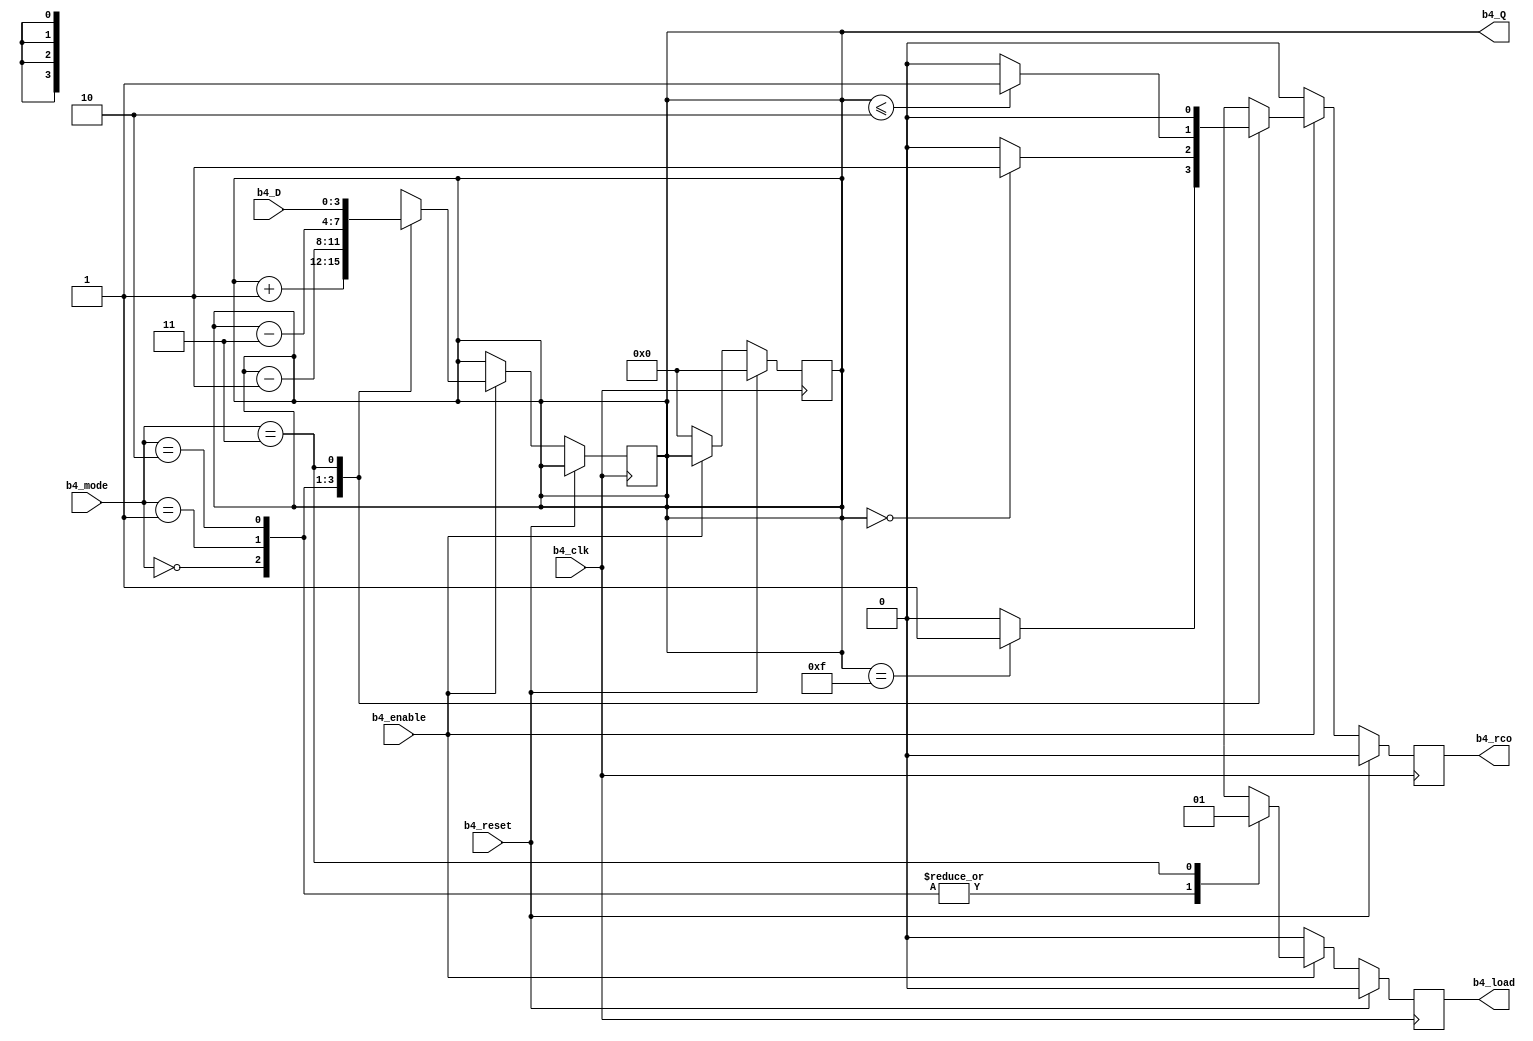
// ##--------------------------------COUNTER_B4------------------------------------
// ##
// ##        Copyright (C) 2020 by
// ##        Belinda Brown Ramrez
// ##        timna.brown@ucr.ac.cr
// ##
// ##-----------------------------------------------------------------------------

// Counter general design
// considering:
// Count up.
// Count down.
// Count three at a time down.
// Parallel charging.

`ifndef COUNTER_B4
`define COUNTER_B4


module counter_b4(
input wire b4_enable,
input wire b4_clk,
input wire b4_reset,
input wire [1:0] b4_mode, // choose from 00, 01, 10, 11
input wire [3:0] b4_D,
output reg b4_load,
output reg b4_rco, //  2^nbits - 1 = #
output reg [3:0] b4_Q
);


reg [3:0] mem;

always @(posedge b4_clk) begin
    if (b4_reset == 1) begin
      b4_load <= 0; // label b4_load b4_mode ON/OFF
      b4_rco <= 0; // Ripple-Carry Out
      b4_Q <= 4'b0000;
    end // end on -> reset == 1 clean data

  else begin // reset == 0

    if (b4_enable == 0) begin
      b4_Q <= 4'b0000;
      b4_load <= 0;
      b4_rco <= 0;
    end // end if b4_enable == 0 & b4_reset == 0 -> Q = 00
    else begin // if enable == 1
      // MODO = 00  > Q + 3
      // MODO = 01  > Q - 1
      // MODO = 10  > Q + 1
      // MODO = 11  > D
////////////////
////////// CASES 
////////////////

   case(b4_mode)

    2'b00:   begin
      mem <= mem + 1;
      b4_load <= 0;
      //  * //
      if (mem == (2**4 - 1)) begin // next stage when is 15  FLAG because goes to 0
        b4_rco <= 1;
      end // b4_rco == 1

      else begin // same stage
        b4_rco <= 0;
      end // b4_rco ==0
    end // end mode 0 

    //////////////////////////// * ////////////////////

    2'b01: begin
      mem <= mem - 1;
      b4_load <= 0;
        //  * //
      if (mem == 4'b0000)begin // next stage when is 0 FLAG becase -1 F
        b4_rco <= 1;
      end // b4_rco == 1

      else begin // same stage
        b4_rco <= 0;
      end // b4_rco ==0
    end // end mode 01


    //////////////////////////// * ////////////////////

    2'b10: begin
      mem <= mem - 3;
      b4_load <= 0;
      //  * //
      if (mem <= 2)begin // 
        b4_rco <= 1;
      end // b4_rco == 1

      else begin // same stage
        b4_rco <= 0;
      end // b4_rco ==0
    end // end mode 10 

    //////////////////////////// * ////////////////////

    2'b11: begin 
      mem <= b4_D;
      b4_load <= 1; // charging
      b4_rco <= 0; 
    end
    //////////////////////////// * ////////////////////
    default: begin // b4_mode != 00,01,10,11
      mem <= mem;
    end

   endcase // end cases 

    end // end if b4_enable on
  end // end else zz
end // end b4_clk

always @(*) begin
 b4_Q = mem;
end



endmodule


// Local Variables:
// verilog-library-directories:("."):
// verilog-auto-wire-type:\"logic\"
// End:

`endif